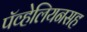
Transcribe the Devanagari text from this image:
पॅव्हेलियनसह